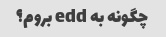
چگونه به edd بروم؟